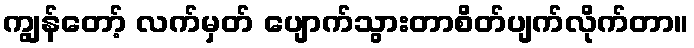
ကျွန်တော့် လက်မှတ် ပျောက်သွားတာစိတ်ပျက်လိုက်တာ။